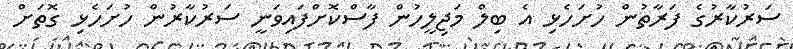
ސަރުކާރުގެ ފަރާތުން ހުށަހެޅި އެ ބިލް މަޖިލީހުން ފާސްކޮށްފައިވަނީ ސަރުކާރުން ހުށަހެޅި ގޮތަށް